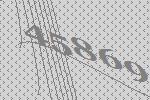
45869